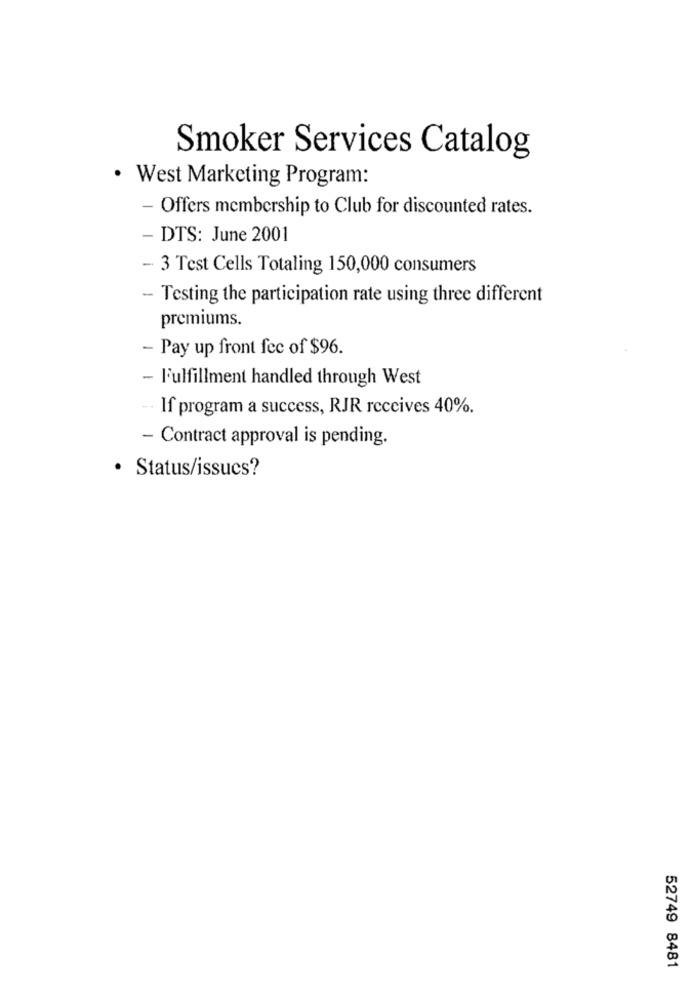
Smoker Services Catalog
· West Marketing Program:
- Offers membership to Club for discounted rates.
- DTS: June 2001
- 3 Test Cells Totaling 150,000 consumers
- Testing the participation rate using three different
premiums.
- Pay up front fec of $96.
- Fulfillment handled through West
If program a success, RJR receives 40%.
- Contract approval is pending.
· Status/issues?
52749 8481